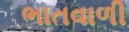
ભાતવાળી